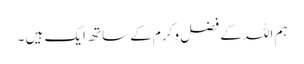
ہم اللہ کے فضل و کرم کے ساتھ ایک ہیں ۔